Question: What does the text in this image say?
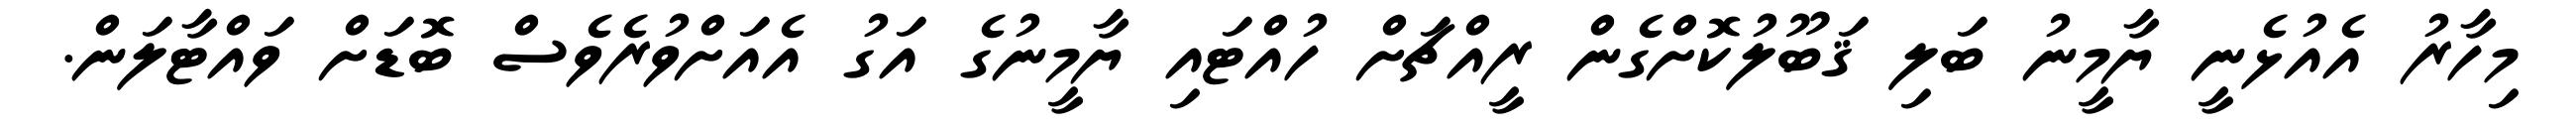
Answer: މިހާރު އެއުޅެނީ ޔާމީނު ބަލި ޤަބޫލުކޮށްގެން ރީއްޗަށް ހުއްޓައި ޔާމީނުގެ އަގު އެއަށްވުރެވެސް ބޮޑަށް ވައްޓާލަން.